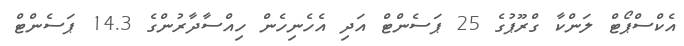
އެކްސްޕޯޓް ލަންކާ ގްރޫޕުގެ 25 ޕަސެންޓް އަދި އެހެނިހެން ހިއްސާދާރުންގެ 14.3 ޕަސެންޓް